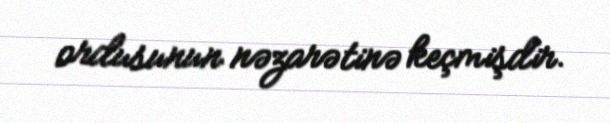
ordusunun nəzarətinə keçmişdir.